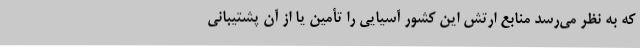
که به نظر می‌رسد منابع ارتش این کشور آسیایی را تأمین یا از آن پشتیبانی